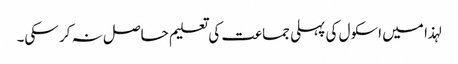
لہذا میں اسکول کی پہلی جماعت کی تعلیم حاصل نہ کر سکی۔